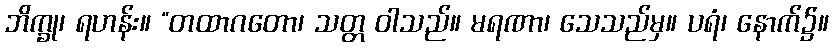
ဘိက္ခု၊ ရဟန်း။ “တထာဂတော၊ သတ္တ ဝါသည်။ မရဏာ၊ သေသည်မှ။ ပရံ၊ နောက်၌။